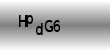
Text: HpdG6